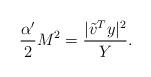
LaTeX: \begin{align*}\frac{\alpha'}{2}M^{2}=\frac{|{\tilde v}^{T}y|^{2}}{Y}.\end{align*}